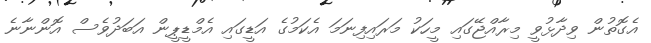
އެގޮތުން ވިދާޅުވީ މިރާއްޖޭގައި މީހަކު މަރައިފިނަމަ އެކަމުގެ އަޑީގައި އެމްޑީޕީން އަބަދުވެސް އޮންނާނެ